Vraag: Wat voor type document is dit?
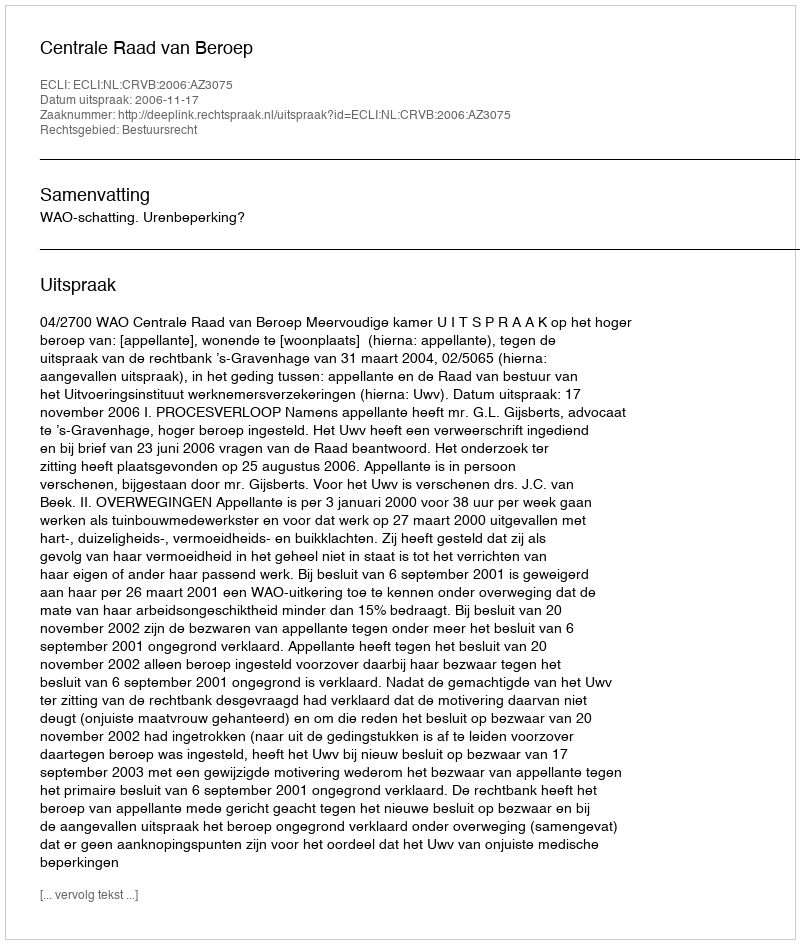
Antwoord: Uitspraak